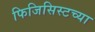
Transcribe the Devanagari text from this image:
फिजिसिस्टच्या